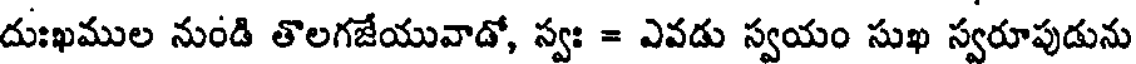
దుఃఖముల నుండి తొలగజేయువాడో, న్వః = ఎవడు స్వయం సుఖ స్వరూపుడును